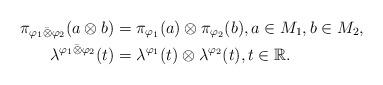
LaTeX: \begin{align*}\pi_{\varphi_1\bar{\otimes}\varphi_2}(a\otimes b) &= \pi_{\varphi_1}(a)\otimes\pi_{\varphi_2}(b), a \in M_1, b \in M_2, \\ \lambda^{\varphi_1\bar{\otimes}\varphi_2}(t) &= \lambda^{\varphi_1}(t)\otimes\lambda^{\varphi_2}(t), t \in \mathbb{R}. \end{align*}